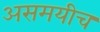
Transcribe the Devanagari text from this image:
असमयीच